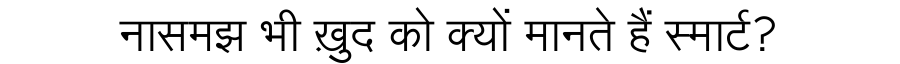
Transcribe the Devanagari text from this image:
नासमझ भी ख़ुद को क्यों मानते हैं स्मार्ट?